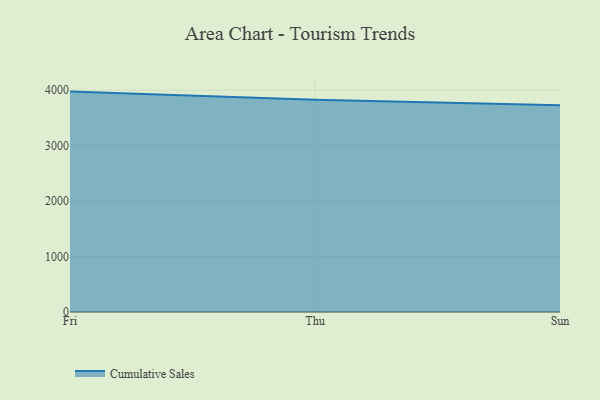
{"axis": {"x": "Day", "y": "Budget (USD K)"}, "legend": ["Cumulative Sales"], "data": [{"x": "Fri", "y": 3975.2, "type": "Cumulative Sales"}, {"x": "Thu", "y": 3827.1, "type": "Cumulative Sales"}, {"x": "Sun", "y": 3727.9, "type": "Cumulative Sales"}]}